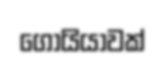
ගොයියාවක්